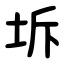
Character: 坼